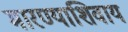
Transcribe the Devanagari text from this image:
मारण्याशिवाय